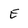
Character: E